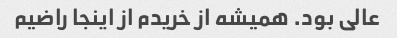
عالی بود. همیشه از خریدم از اینجا راضیم